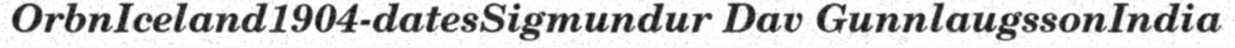
OrbnIceland1904-datesSigmundur Dav GunnlaugssonIndia